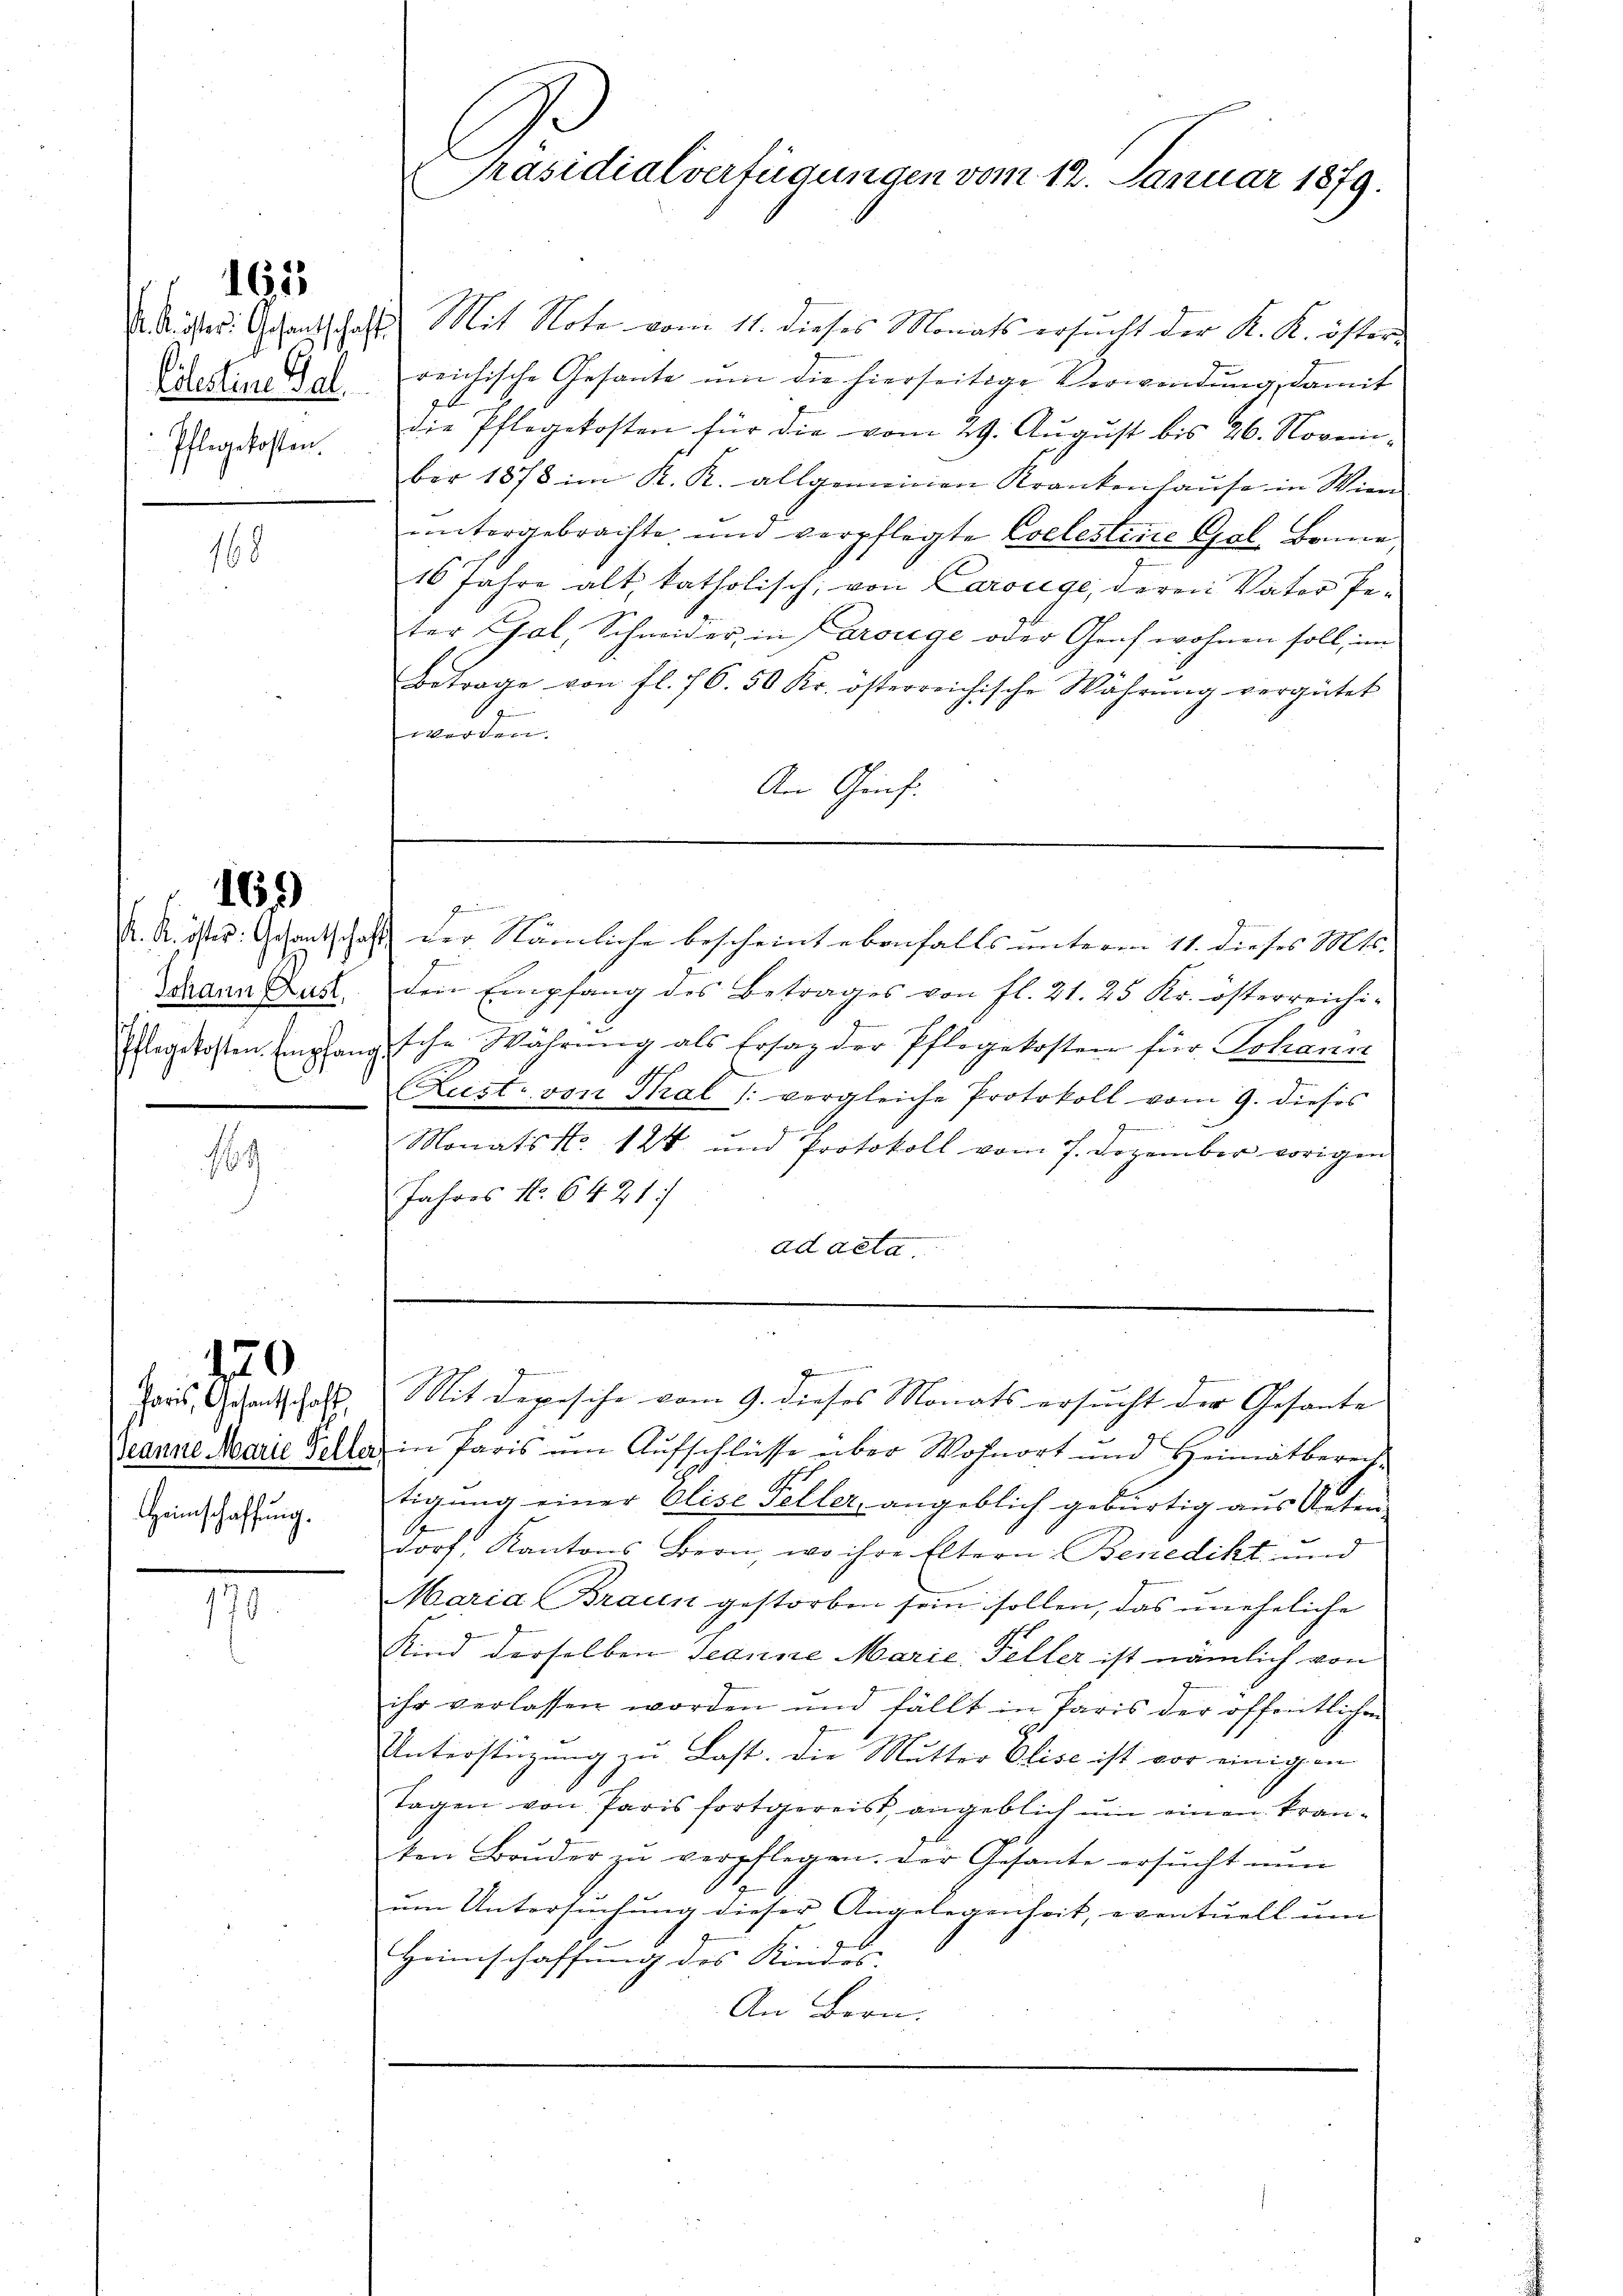
E
Pflegekosten.

163

168

Johann Aust,

169

69

Heimschaffung.

420

17

Kister: Gesandschaft Mit Note vom 11. dieses Monats ersucht der K. K. öster
Erestinettel reichische Gesante um die hierseitige Verwendung, damit
A.
die Pflegekosten für die vom 29. Aŭgŭst bis 26. Novem-
ber 1878 im K. K. allgemeinen Krankenhaŭse in Wien
untergebrachte und verpflegte Coelesterie Gal. Banne,
16 Jahre alt, katholisch, von Carolege, deren Vater Peter Gal, Schneider, in Prorege oder Genf wohnen soll, im
Betrage von fl. 76. 50 Kr. österreichische Wahrŭng vergütet
werden.
An Genf.
Grünen
P. R. ists Gesantschaft der Nämliche bescheint ebenfalls unterm 11. dieses Mts.
den Empfang des Betrages von fl. 21. 25 Kr. österreichi-
Plagskosten Empfangssche Währung als Ersaz der Pflegekosten für Johann
ust. von Thal /: vergleiche Protokoll vom 9. dieses
Monats No. 124 und Protokoll vom 7. Dezember vorigen
Jahres No. 6421:
ad acta.

Präsidialverfügungen vom 12. Januar 1879.

Paris, Gesantschaft. Mit Depesche vom 9. dieses Monats ersucht der Gesante
Jeanne Marie Telle in Paris um Aufschlüsse über Wohnort und Heimatberecha
tigung einer Olise seller, angeblich gebürtig aus Unter-
dorf, Kantons Bern, wo ihre Eltern Benedikt und
Maria Braun gestorben sein sollen, das uneheliche
Kind derselben Jeanne Marie Feller ist nämlich von
ihr verlassen worden und fällt in Paris der öffentlichen
8
Unterstüzung zu Last. Die Mutter Olise ist vor einigen
Tagen von Paris fortgereis, angeblich um einen kranken Bruder zŭ verpflegen. Der Gesante ersŭcht nŭn
um Untersuchung dieser Angelegenheit, eventuell um
.
Heimschaffung des Kindes-
An Bern.

z